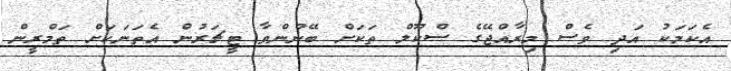
އެކަަމަކު އަދި ވެސް މިރާއްޖޭގެ ސްކޫލް ތަކަށް ބޭނުންވާ ޓީޗަރުން އެތަނަކަށް ތަމްރީން